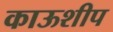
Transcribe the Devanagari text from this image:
काऊशीप